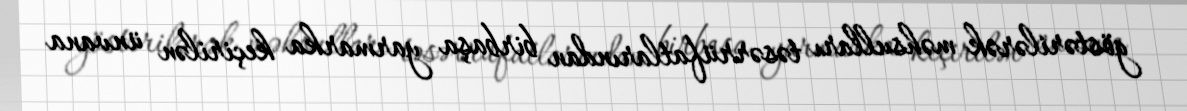
göstərilərək məhsulları təsərrüfatlarından birbaşa yarmarka keçirilən ünvana